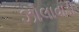
ઝોલાવાડી